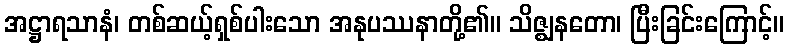
အဋ္ဌာရသာနံ၊ တစ်ဆယ့်ရှစ်ပါးသော အနုပဿနာတို့၏။ သိဇ္ဈနတော၊ ပြီးခြင်းကြောင့်။